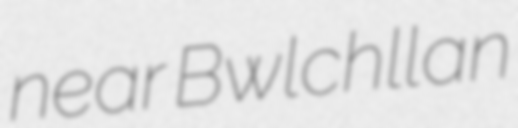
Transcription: near Bwlchllan